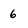
Character: 6